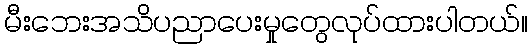
မီးဘေးအသိပညာပေးမှုတွေလုပ်ထားပါတယ်။